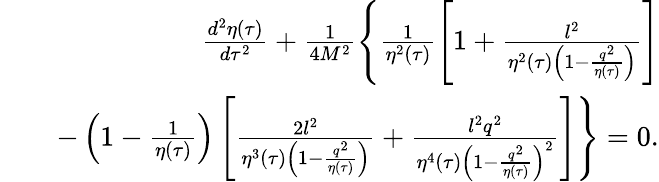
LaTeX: \begin{array}{rlr}&{}&{\frac{d^{2}\eta(\tau)}{d\tau^{2}}+\frac{1}{4M^{2}}\Bigg\{ \frac{1}{\eta^{2}(\tau)}\left[1+\frac{l^{2}}{\eta^{2}(\tau)\left(1-\frac{q^{2}}{\eta(\tau)}\right)}\right]}\\ &{}&{-\left(1-\frac{1}{\eta(\tau)}\right)\left[\frac{2l^{2}}{\eta^{3}(\tau)\left(1-\frac{q^{2}}{\eta(\tau)}\right)}+\frac{l^{2}q^{2}}{\eta^{4}(\tau)\left(1-\frac{q^{2}}{\eta(\tau)}\right)^{2}}\right]\Bigg\} =0.}\end{array}